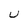
Character: u